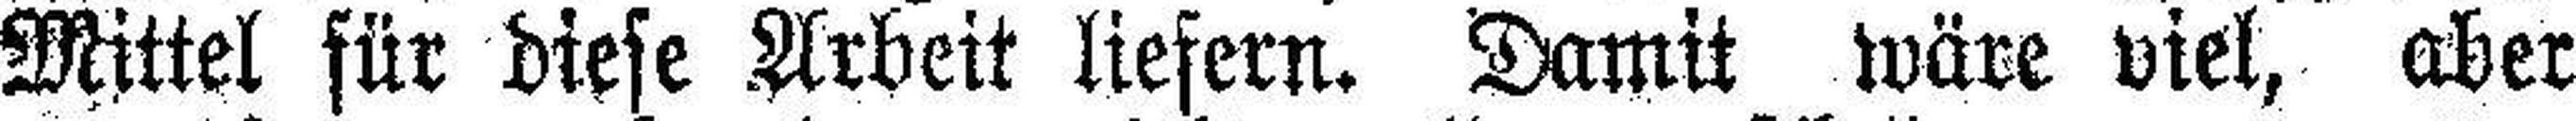
Mittel für diese Arbeit liefern. Damit wäre viel, aber